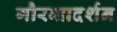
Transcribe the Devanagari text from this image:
गौरवप्रदर्शन